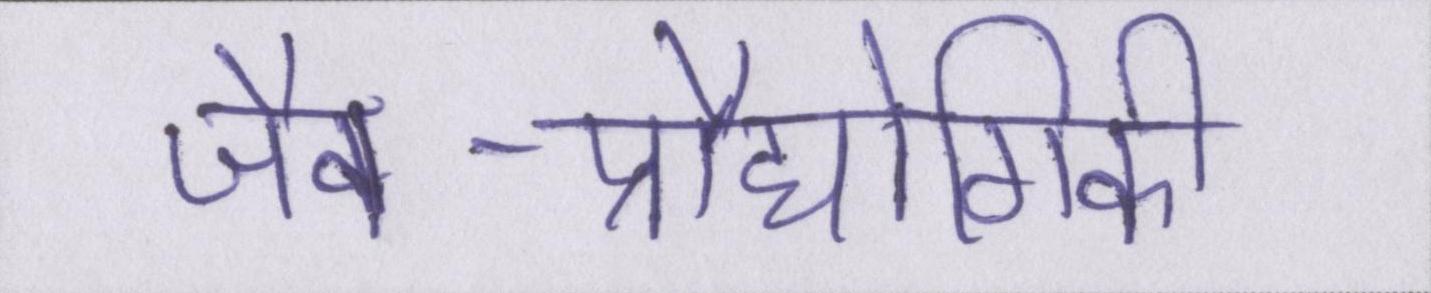
जैव-प्रौद्योगिकी